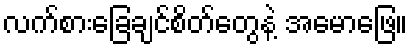
လက်စားခြေချင်စိတ်တွေနဲ့ အမောဖြေ။